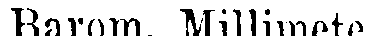
Barom. Millimete